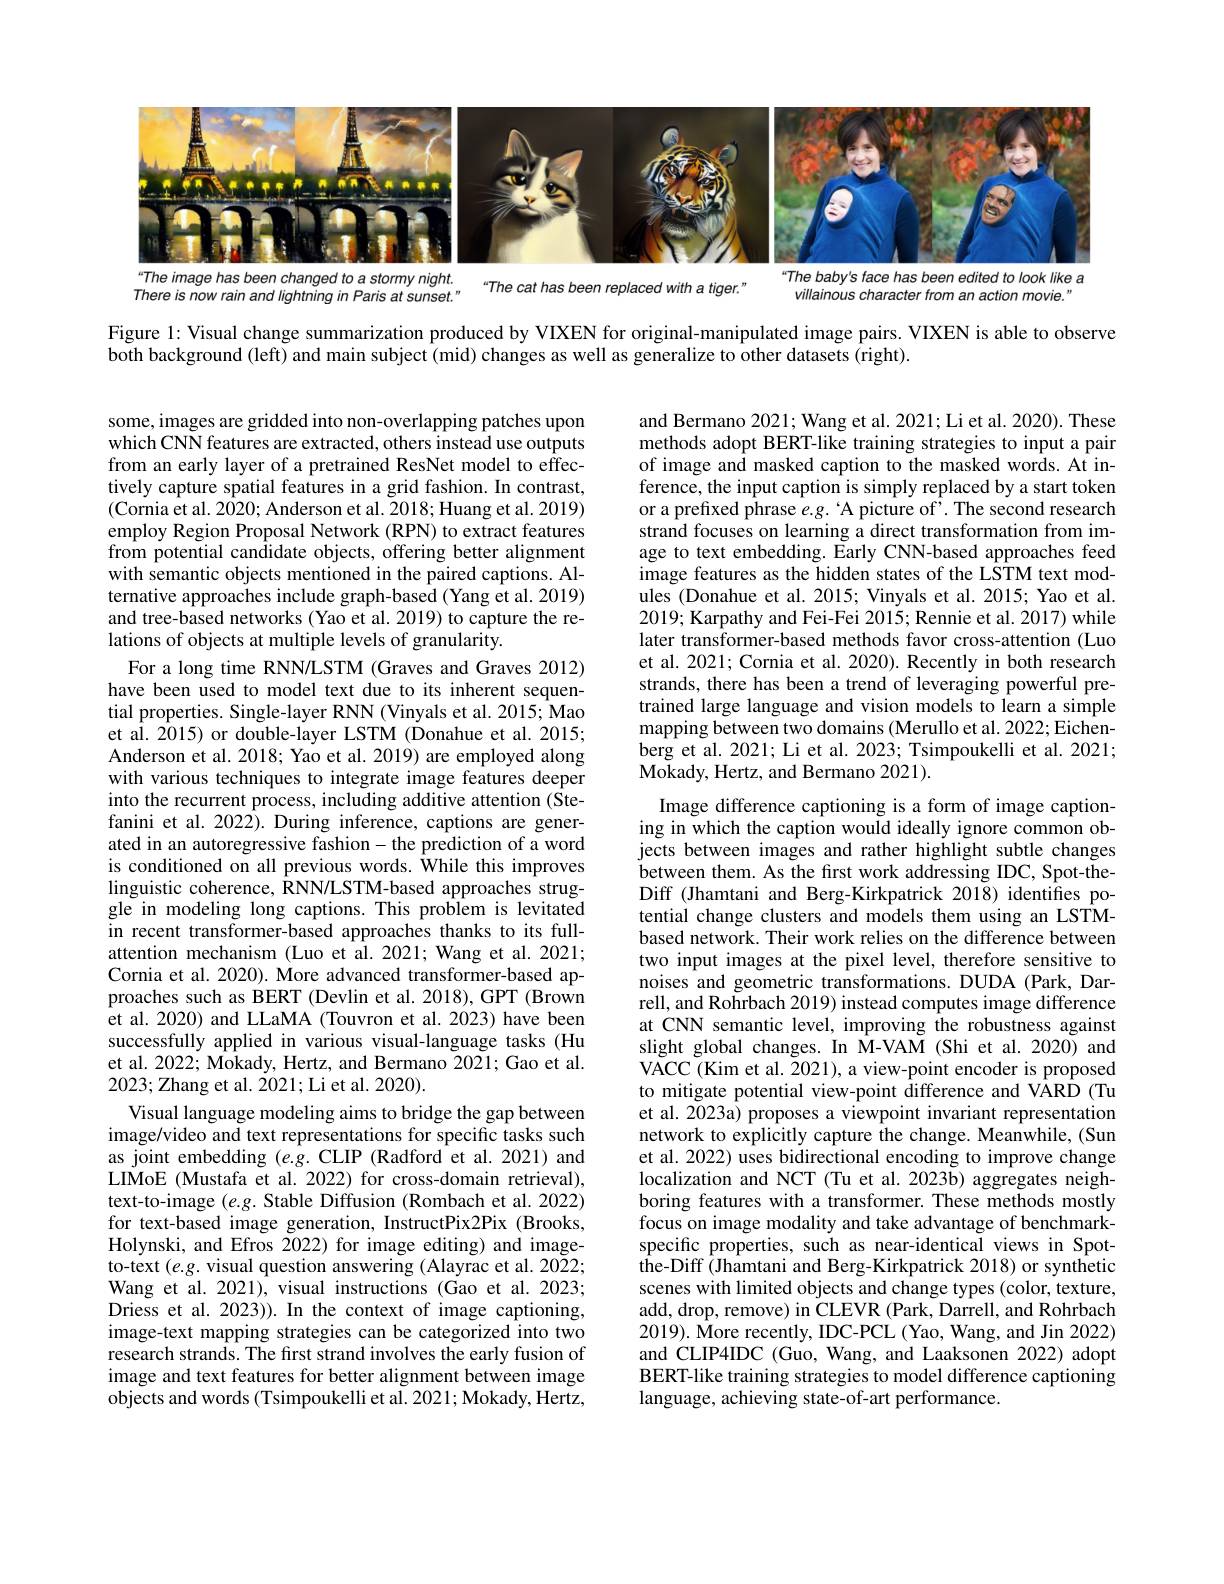
<FigureHere>
“The baby's face has been edited to look like a

The image has been changed to a stormy night.

villainous character from an action movie."

“The cat has been replaced with a tiger."

There is now rain and lightning in Paris at sunset."

Figure 1: Visual change summarization produced by VIXEN for original-manipulated image pairs. VIXEN is able to observe

both background (left) and main subject (mid) changes as well as generalize to other datasets (right).

and Bermano 2021; Wang et al. 2021; Li et al. 2020). These methods adopt BERT-like training strategies to input a pair of image and masked caption to the masked words. At inference, the input caption is simply replaced by a start token or a prefixed phrase $e.g.`$A picture of'. The second research strand focuses on learning a direct transformation from image to text embedding. Early CNN-based approaches feed image features as the hidden states of the LSTM text modules (Donahue et al. 2015; Vinyals et al. 2015; Yao et al. 2019; Karpathy and Fei-Fei 2015; Rennie et al. 2017) while later transformer-based methods favor cross-attention (Luo et al. 2021; Cornia et al. 2020). Recently in both research strands, there has been a trend of leveraging powerful pretrained large language and vision models to learn a simple mapping between two domains (Merullo et al. 2022; Eichenberg et al. 2021; Li et al. 2023; Tsimpoukelli et al. 2021; Mokady, Hertz, and Bermano 2021) .

some, images are gridded into non-overlapping patches upon which CNN features are extracted, others instead use outputs from an early layer of a pretrained ResNet model to effectively capture spatial features in a grid fashion. In contrast, $(\dot{\text{Cornia et al. 2020; Anderson et al. 2018; Huang et al. 2019)}}$ employ Region Proposal Network (RPN) to extract features from potential candidate objects, offering better alignment with semantic objects mentioned in the paired captions. Alternative approaches include graph-based (Yang et al. 2019) and tree-based networks (Yao et al. 2019) to capture the relations of objects at multiple levels of granularity.
For a long time RNN/LSTM (Graves and Graves 2012) have been used to model text due to its inherent sequential properties. Single-layer RNN (Vinyals et al. 2015; Mao et al. 2015) or double-layer LSTM (Donahue et al. 2015; Anderson et al. 2018; Yao et al. 2019) are employed along with various techniques to integrate image features deeper into the recurrent process, including additive attention (Stefanini et al. 2022). During inference, captions are generated in an autoregressive fashion-the prediction of a word is conditioned on all previous words. While this improves linguistic coherence, $\hat{\text{RNN/LSTM-based approaches strug-}}$ gle in modeling long captions. This problem is levitated in recent transformer-based approaches thanks to its fullattention mechanism (Luo et al.2021; Wang et al. 2021; Cornia et al. 2020). More advanced transformer-based approaches such as BERT (Devlin et al. 2018), GPT (Brown et al. 2020) and LLaMA (Touvron et al. 2023) have been successfully applied in various visual-language tasks (Hu et al. 2022; Mokady, Hertz, and Bermano 2021; Gao et al. 2023; Zhang et al. $\dot{2}021;$Li et al. 2020).
Visual language modeling aims to bridge the gap between image/video and text representations for specific tasks such as joint embedding (e.g. CLIP (Radford et al.2021) and LIMoE (Mustafa et al. 2022) for cross-domain retrieval), text-to-image (e.g. Stable Diffusion (Rombach et al. 2022) for text-based image generation, InstructPix2Pix (Brooks, Holynski, and Efros 2022) for image editing) and imageto-text $(e.g.$ visual question answering (Alayrac et al. 2022; Wang et al. 2021), visual instructions (Gao et al. 2023; Driess et al. 2023)). In the context of image captioning, image-text mapping strategies can be categorized into two research strands. The first strand involves the early fusion of image and text features for better alignment between image objects and words (Tsimpoukelli et al. 2021; Mokady, Hertz,

Image difference captioning is a form of image captioning in which the caption would ideally ignore common objects between images and rather highlight subtle changes between them. As the first work addressing IDC, Spot-theDiff (Jhamtani and Berg-Kirkpatrick 2018) identifies potential change clusters and models them using an LSTMbased network. Their work relies on the difference between two input images at the pixel level, therefore sensitive to noises and geometric transformations. DUDA (Park, Darrell, and Rohrbach 2019) instead computes image difference at CNN semantic level, improving the robustness against slight global changes. In M-VAM (Shi et al.2020) and VACC (Kim et al. 2021), a view-point encoder is proposed to mitigate potential view-point difference and VARD (Tu et al. 2023a) proposes a viewpoint invariant representation network to explicitly capture the change. Meanwhile, (Sun et al. 2022) uses bidirectional encoding to improve change localization and NCT (Tu et al. 2023b) aggregates neighboring features with a transformer. These methods mostly focus on image modality and take advantage of benchmarkspecific properties, such as near-identical views in Spotthe-Diff (Jhamtani and Berg-Kirkpatrick 2018) or synthetic scenes with limited objects and change types (color, texture, add, drop, remove) in CLEVR (Park, Darrell, and Rohrbach $2019).\hat{\text{More recently, IDC-PCL(Yao, Wang, and Jin 2022)}}$ and CLIP4IDC (Guo, Wang, and Laaksonen 2022) adopt BERT-like training strategies to model difference captioning language, achieving state-of-art performance.